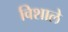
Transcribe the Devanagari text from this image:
विशाले